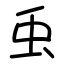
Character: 䖝